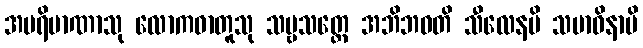
အပရိမာဏာသု လောကဓာတူသု သဗ္ဗသတ္တေ အဘိဘဝတိ သီလေနပိ သမာဓိနာပိ